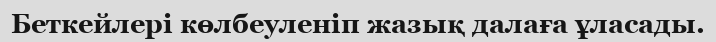
Беткейлері көлбеуленіп жазық далаға ұласады.